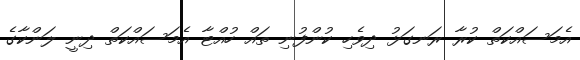
އެމަސައްކަތް ކުރާ ރަނގަޅު ދިވެހި ކުންފުނި ތައް ހުއްޓާ އެމަސައްކަތް ދިނީ ލަންކާގެ